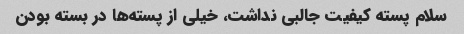
سلام پسته کیفیت جالبی نداشت، خیلی از پسته‌ها در بسته بودن